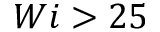
W i > 2 5